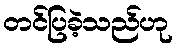
တင်ပြခဲ့သည်ဟု